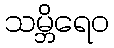
သမ္ဘိရေဝ